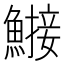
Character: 𬵤